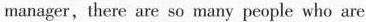
manager,there are so many people who are